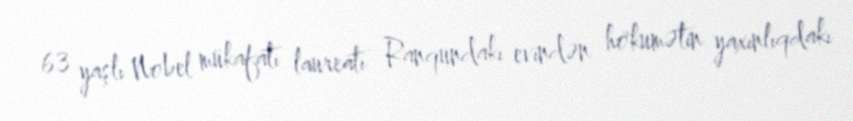
63 yaşlı Nobel mükafatı laureatı Ranqundakı evindən hökumətin yaxınlıqdakı